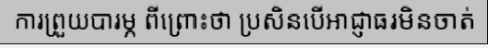
ការព្រួយបារម្ភ ពីព្រោះថា ប្រសិនបើអាជ្ញាធរមិនចាត់